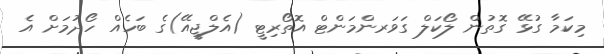
މިކަމާ ގުޅޭ ގޮތުން ލޯކަލް ގަވަރންމަންޓް އޮތޯރިޓީ (އެލްޖީއޭ)ގެ ބަހެއް ހޯދުމަށް އެ